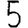
Digit: 5